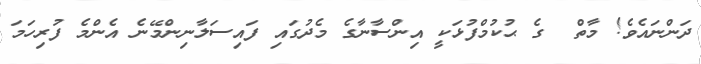
ދަންނައެވެ! މާތް  ގެ ޙުކުމްފުޅަކީ އިންސާނާގެ މެދުގައި ފައިސަލާނިންމޭނެ އެންމެ ފުރިހަމަ